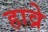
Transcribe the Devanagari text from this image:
हाव्रे